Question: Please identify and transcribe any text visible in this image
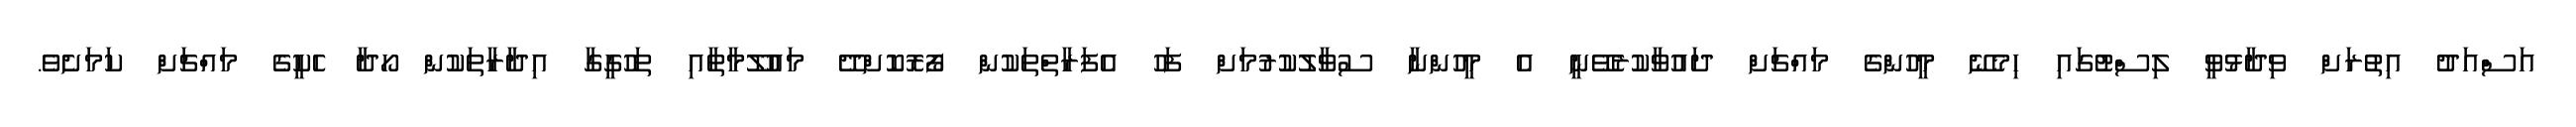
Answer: އަސްއަދު އިތުރަށް ވިދާޅުވީ ލިސްޓުގައި ހިމެނޭ މީހުންގެ މައްޗަށް ދައުވާކުރެވޭނީ އެ މީހުންނާ ސުވާލުކުރުމަށް ފަހު އެފަރާތްތަކުން ފޯރޮކޮށްދޭ މައުލޫމާތާއި ތަހުގީގާ އިދާރާތަކުން ހޯދާ ހެކީގެ މައްޗަށް ކަމަށެވެ.